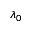
\lambda _ { 0 }